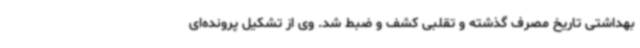
بهداشتی تاریخ مصرف گذشته و تقلبی کشف و ضبط شد. وی از تشکیل پرونده‌ای